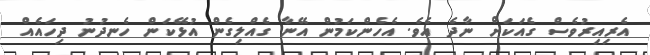
އެރިއިރުވެސް ގެއަކަށް ނާދެ އެވެ. އެހެންކަމުން އޭނާ ގެއްލިގެން އުޅޭކަން ހެނދުނު ދިހައެއް